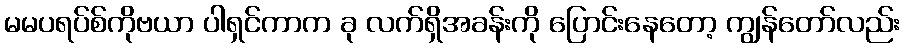
မမပရပ်စ်ကိုဗယာ ပါရှင်ကာက ခု လက်ရှိအခန်းကို ပြောင်းနေတော့ ကျွန်တော်လည်း